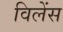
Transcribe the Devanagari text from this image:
विलेंस